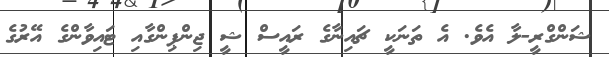
ޝަންގްރީ-ލާ އެވެ. އެ ތަނަކީ ޗައިނާގެ ރައީސް ޝީ ޖިންޕިންގާއި ޓައިވާންގެ އޭރުގެ